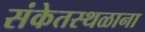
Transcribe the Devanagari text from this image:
संकेतस्थळाना